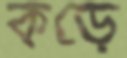
কড়ে